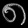
Digit: ၈